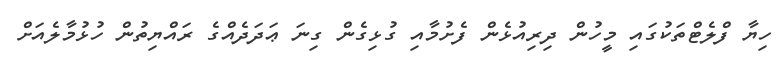
ހިޔާ ފްލެޓްތަކުގައި މީހުން ދިރިއުޅެން ފެށުމާއި ގުޅިގެން ގިނަ ޢަދަދެއްގެ ރައްޔިތުން ހުޅުމާލެއަށް